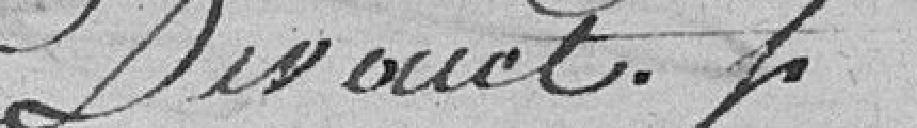
devant.